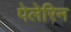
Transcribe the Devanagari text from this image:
पेलेरिन